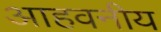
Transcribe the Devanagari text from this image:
आहवनीय